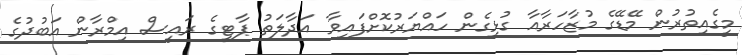
މީގެއިތުރުން މޭޑޭގެ މުޒާހަރާއާ ގުޅިގެން ހައްޔަރުކޮށްފައިވާ އަދާލަތު ޕާޓީގެ ރައީސް އިމްރާން އަބުދުގެ